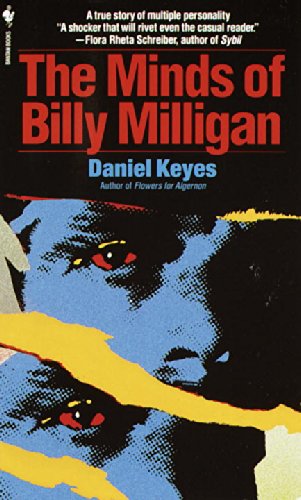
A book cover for The Minds of Billy Milligan; Daniel Keyes; Humor & Entertainment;